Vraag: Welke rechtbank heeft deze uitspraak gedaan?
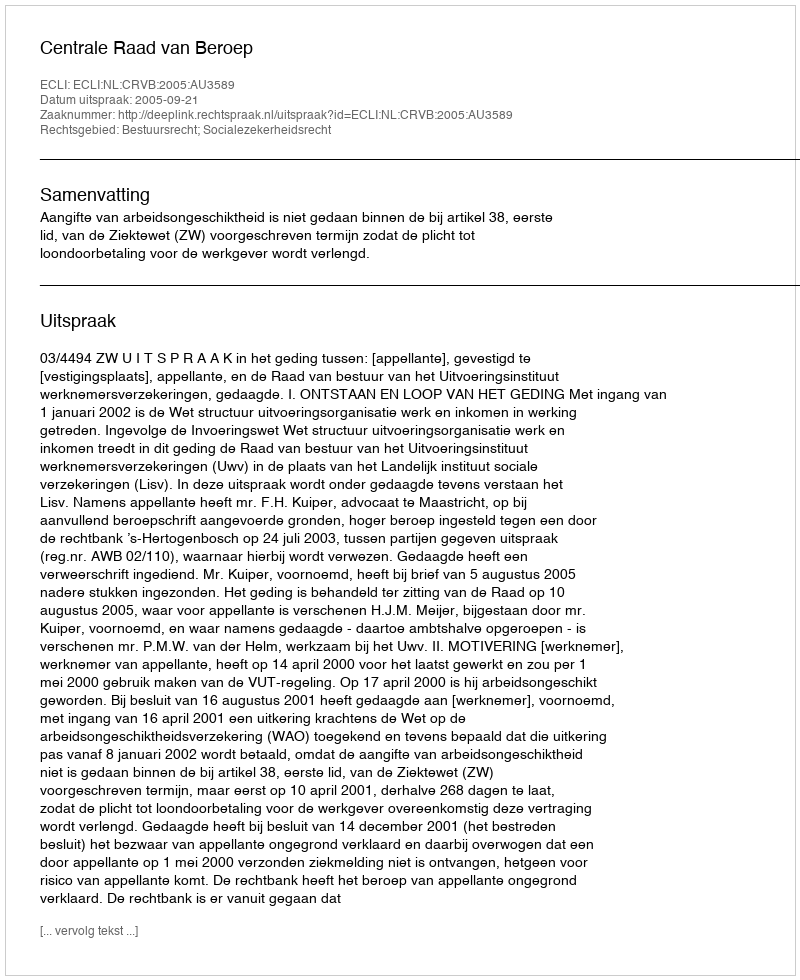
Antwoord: Centrale Raad van Beroep